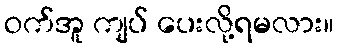
ဝက်အူ ကျပ် ပေးလို့ရမလား။